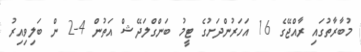
މުބާރާތުގައި ރާއްޖޭގެ 16 އަހަރުންދަށުގެ ޓީމު ބަންގްލަދޭޝް އަތުން 4-2 ން ބަލިވިއިރު